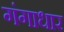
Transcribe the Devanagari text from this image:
गंगाधार